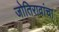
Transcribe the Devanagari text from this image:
जोतिरावांचा